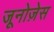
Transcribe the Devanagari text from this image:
जूनोज़ेस